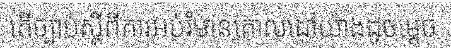
តើច្បាប់ស្តីពីការអប់រំមានគោលដៅយ៉ាងដូចម្តេច